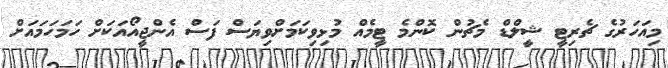
މިއަހަރުގެ ޗެރިޓީ ޝީލްޑް މެޗުން ކޮންމެ ޓީމެއް މުޅިވިކަމަށްވިޔަސް ފަސް އެންޖީއޯއަކަށް ހަމަހަމައަށް